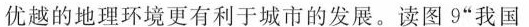
优越的地理环境更有利于城市的发展。读图9”我国